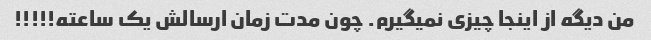
من دیگه از اینجا چیزی نمیگیرم. چون مدت زمان ارسالش یک ساعته!!!!!